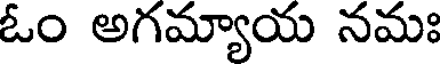
ఓం అగమ్యాయ నమః